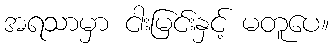
အရသာမှာ ငါးမြင်းနှင့် မတူပေ။